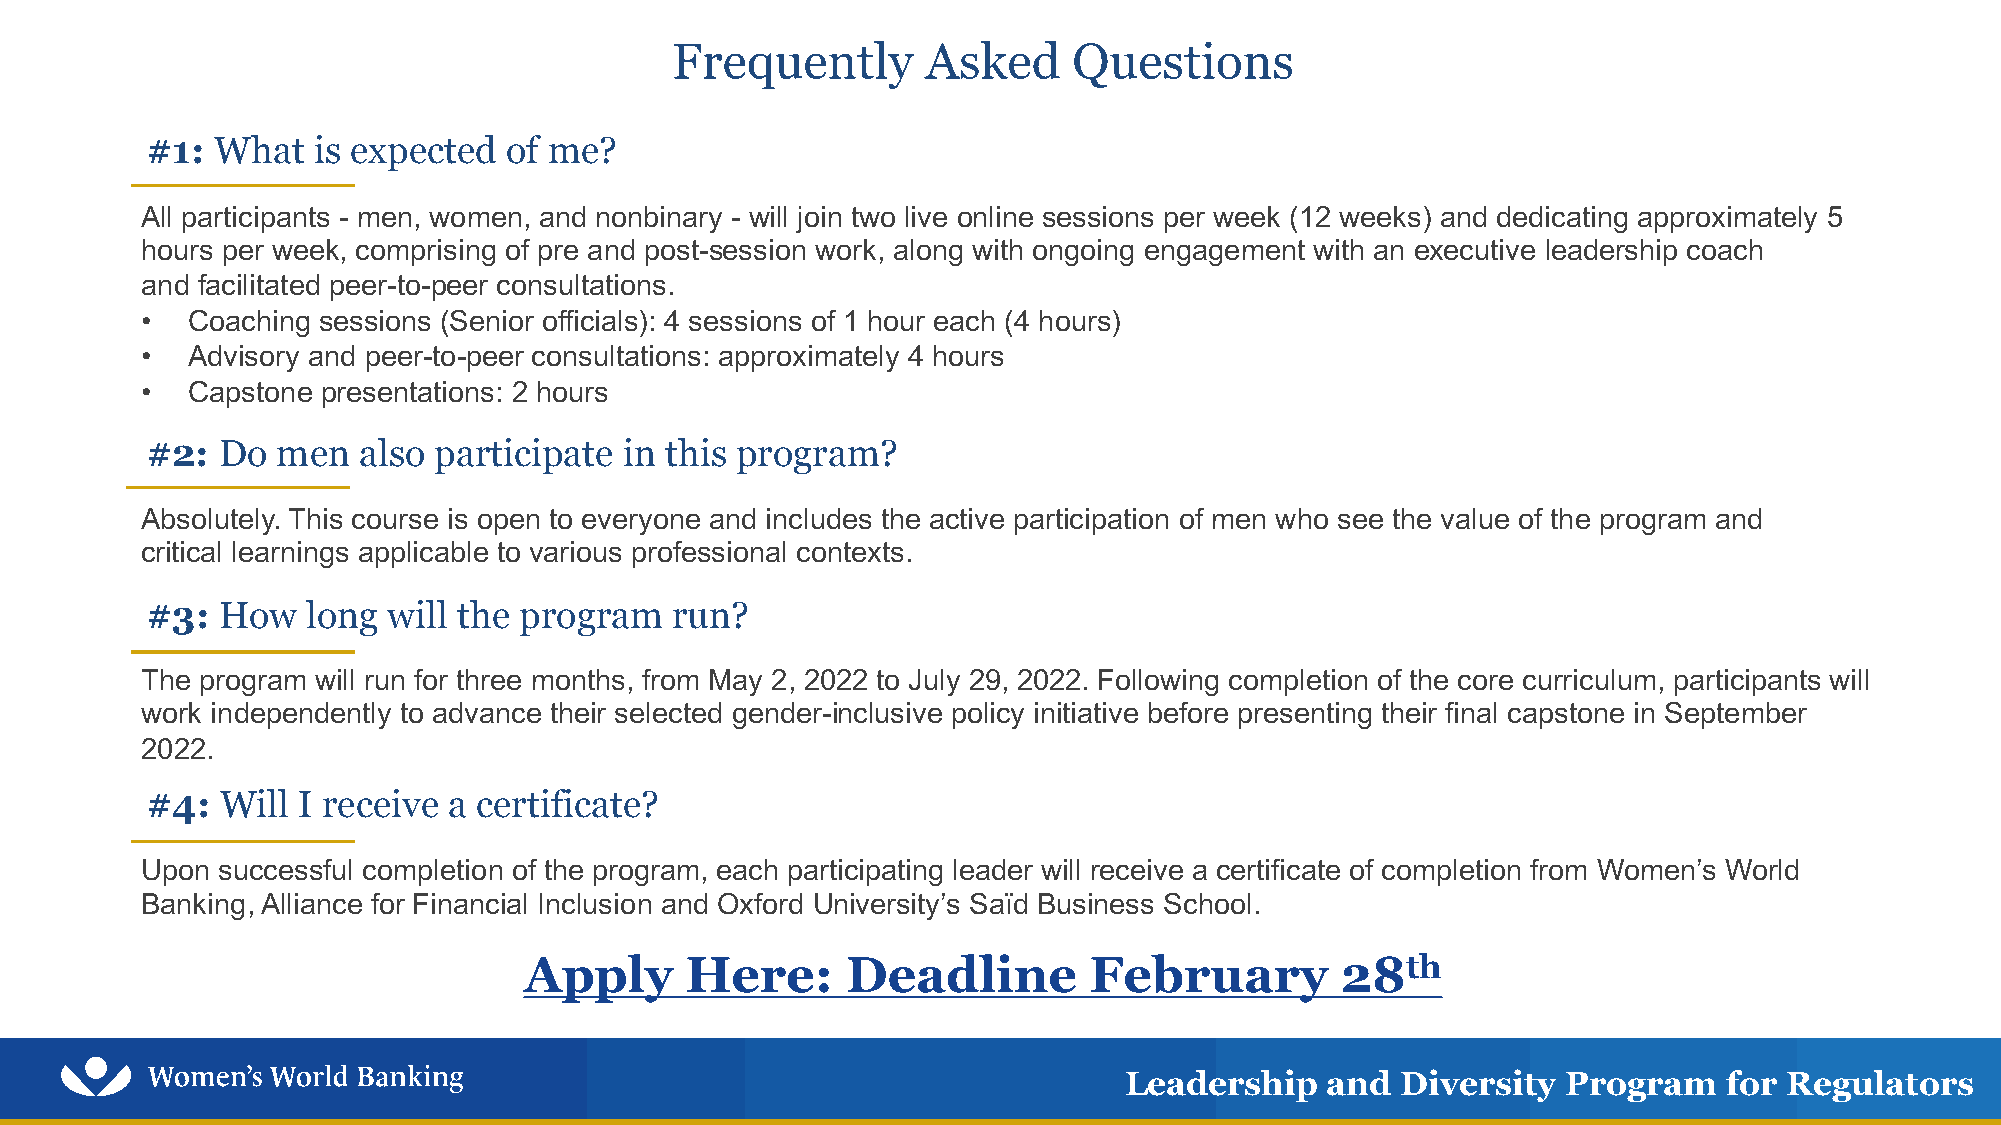
Frequently       Asked     Questions
 #1: What   is expected of me?
 All participants - men, women, and nonbinary - will join two live online sessions per week (12 weeks) and dedicating approximately 5
 hours per week, comprising of pre and post-session work, along with ongoing engagement with an executive leadership coach
 and facilitated peer-to-peer consultations.
 •  Coaching sessions (Senior officials): 4 sessions of 1 hour each (4 hours)
 •  Advisory and peer-to-peer consultations: approximately 4 hours
 •  Capstone presentations: 2 hours
 #2: Do  men   also participate in this program?
 Absolutely. This course is open to everyone and includes the active participation of men who see the value of the program and
 critical learnings applicable to various professional contexts.
 #3:  How  long  will the program  run?
 The program will run for three months, from May 2, 2022 to July 29, 2022. Following completion of the core curriculum, participants will
 work independently to advance their selected gender-inclusive policy initiative before presenting their final capstone in September
 2022.
 #4:  Will I receive a certificate?
 Upon successful completion of the program, each participating leader will receive a certificate of completion from Women’s World
 Banking, Alliance for Financial Inclusion and Oxford University’s Saïd Business School.
 Apply     Here:      Deadline        February         28th
 Leadership    and  Diversity  Program   for Regulators